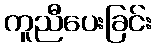
ကူညီပေးခြင်း